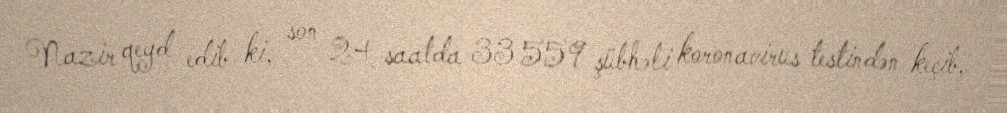
Nazir qeyd edib ki, son 24 saatda 33 559 şübhəli koronavirus testindən keçib,